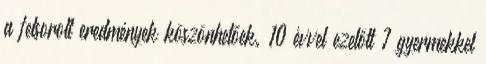
a felsorolt eredmények köszönhetőek. 10 évvel ezelőtt 7 gyermekkel